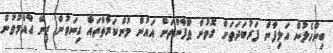
ބިންހެލުން އަލިފާން ފަރުބަދަތަށް ގޮވުން ޠޫފާންތަށް އައުން މުންކަރާތްތައް ގިނަވުން ޒިނޭ ޢާއްމުވުން